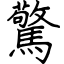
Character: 驚